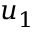
u _ { 1 }